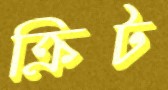
ক্রিট